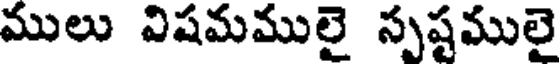
ములు విషమములై స్పష్టములై